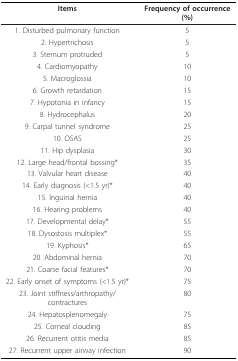
| Items | Frequency of occurrence (%) |
 | --- | --- |
 | 1. Disturbed pulmonary function | 5 |
 | 2. Hypertrichosis | 5 |
 | 3. Sternum protruded | 5 |
 | 4. Cardiomyopathy | 10 |
 | 5. Macroglossia | 10 |
 | 6. Growth retardation | 15 |
 | 7. Hypotonia in infancy | 15 |
 | 8. Hydrocephalus | 20 |
 | 9. Carpal tunnel syndrome | 25 |
 | 10. OSAS | 25 |
 | 11. Hip dysplasia | 30 |
 | 12. Large head/frontal bossing* | 35 |
 | 13. Valvular heart disease | 40 |
 | 14. Early diagnosis (<1.5 yr)* | 40 |
 | 15. Inguinal hernia | 40 |
 | 16. Hearing problems | 40 |
 | 17. Developmental delay* | 55 |
 | 18. Dysostosis multiplex* | 55 |
 | 19. Kyphosis* | 65 |
 | 20. Abdominal hernia | 70 |
 | 21. Coarse facial features* | 70 |
 | 22. Early onset of symptoms (<1.5 yr)* | 75 |
 | 23. Joint stiffness/arthropathy/contractures | 80 |
 | 24. Hepatosplenomegaly | 75 |
 | 25. Corneal clouding | 85 |
 | 26. Recurrent otitis media | 85 |
 | 27. Recurrent upper airway infection | 90 |